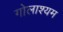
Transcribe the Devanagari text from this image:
गोलाश्यम